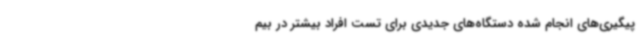
پیگیری‌های انجام شده دستگاه‌های جدیدی برای تست افراد بیشتر در بیم